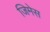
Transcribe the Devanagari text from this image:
जिमेस